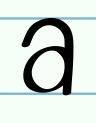
a